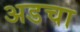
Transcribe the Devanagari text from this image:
अडचा